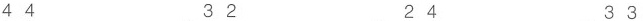
44 32 24 33